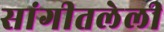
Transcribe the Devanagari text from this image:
सांगीतलेली